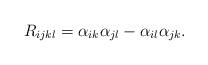
LaTeX: \begin{align*}& R_{ijkl} = \alpha_{ik}\alpha_{jl} - \alpha_{il}\alpha_{jk}.\end{align*}